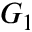
G _ { 1 }